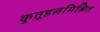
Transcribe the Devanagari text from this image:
कुतूहलमिश्रित